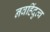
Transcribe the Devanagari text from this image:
नवहिंदुत्व